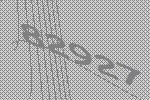
82927